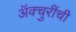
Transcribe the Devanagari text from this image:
ॲक्चुरींची